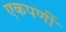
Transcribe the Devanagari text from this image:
एकपर्णी